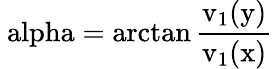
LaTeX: \mathrm{\ alpha=\arctan\frac{v_{1}(y)}{v_{1}(x)}}